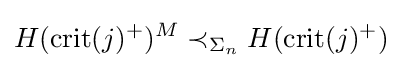
H({\textrm {crit}}(j)^{+})^{M}\prec _{\Sigma _{n}}H({\textrm {crit}}(j)^{+})